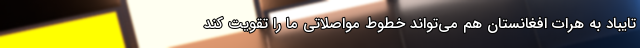
تایباد به هراتِ افغانستان هم می‌تواند خطوط مواصلاتی ما را تقویت کند